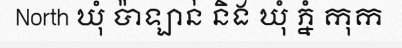
North ឃុំ ប៉ាឡាន់ និង ឃុំ ភ្នំ កុក